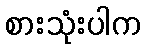
စားသုံးပါက